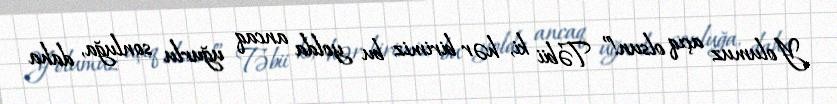
Yolumuz açıq olsun!” Təbii ki, hər birimiz bu yolda ancaq uğurlu sonluğa, daha